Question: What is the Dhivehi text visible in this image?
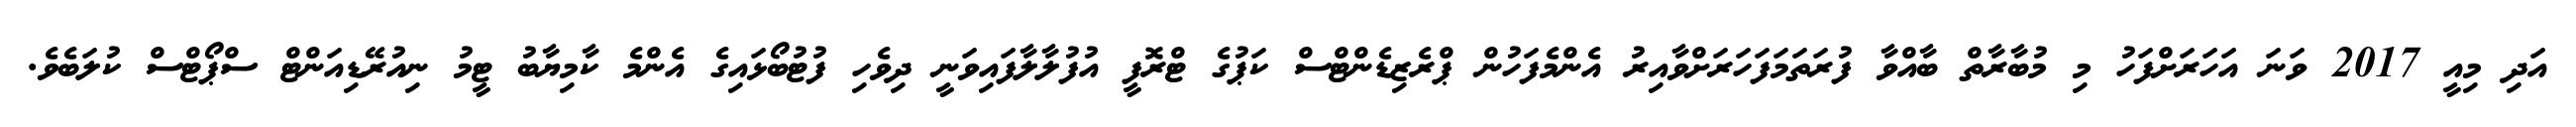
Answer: އަދި މިއީ 2017 ވަނަ އަހަރަށްފަހު މި މުބާރާތް ބާއްވާ ފުރަތަމަފަހަރަށްވާއިރު އެންމެފަހުން ޕްރެޒިޑެންޓްސް ކަޕުގެ ޓްރޮފީ އުފުލާލާފައިވަނީ ދިވެހި ފުޓުބޯޅައިގެ އެންމެ ކާމިޔާބު ޓީމު ނިއުރޭޑިއަންޓް ސްޕޯޓްސް ކުލަބެވެ.